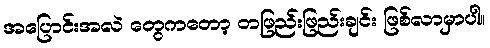
အပြောင်းအလဲ တွေကတော့ တဖြည်းဖြည်းချင်း ဖြစ်လာမှာပါ။